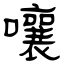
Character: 嚷